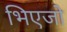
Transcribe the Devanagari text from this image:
भिएजो